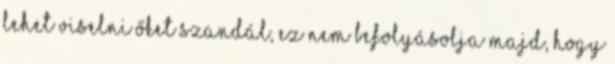
lehet viselni őket szandál, ez nem befolyásolja majd, hogy